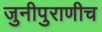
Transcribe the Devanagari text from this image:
जुनीपुराणीच